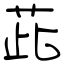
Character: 茈